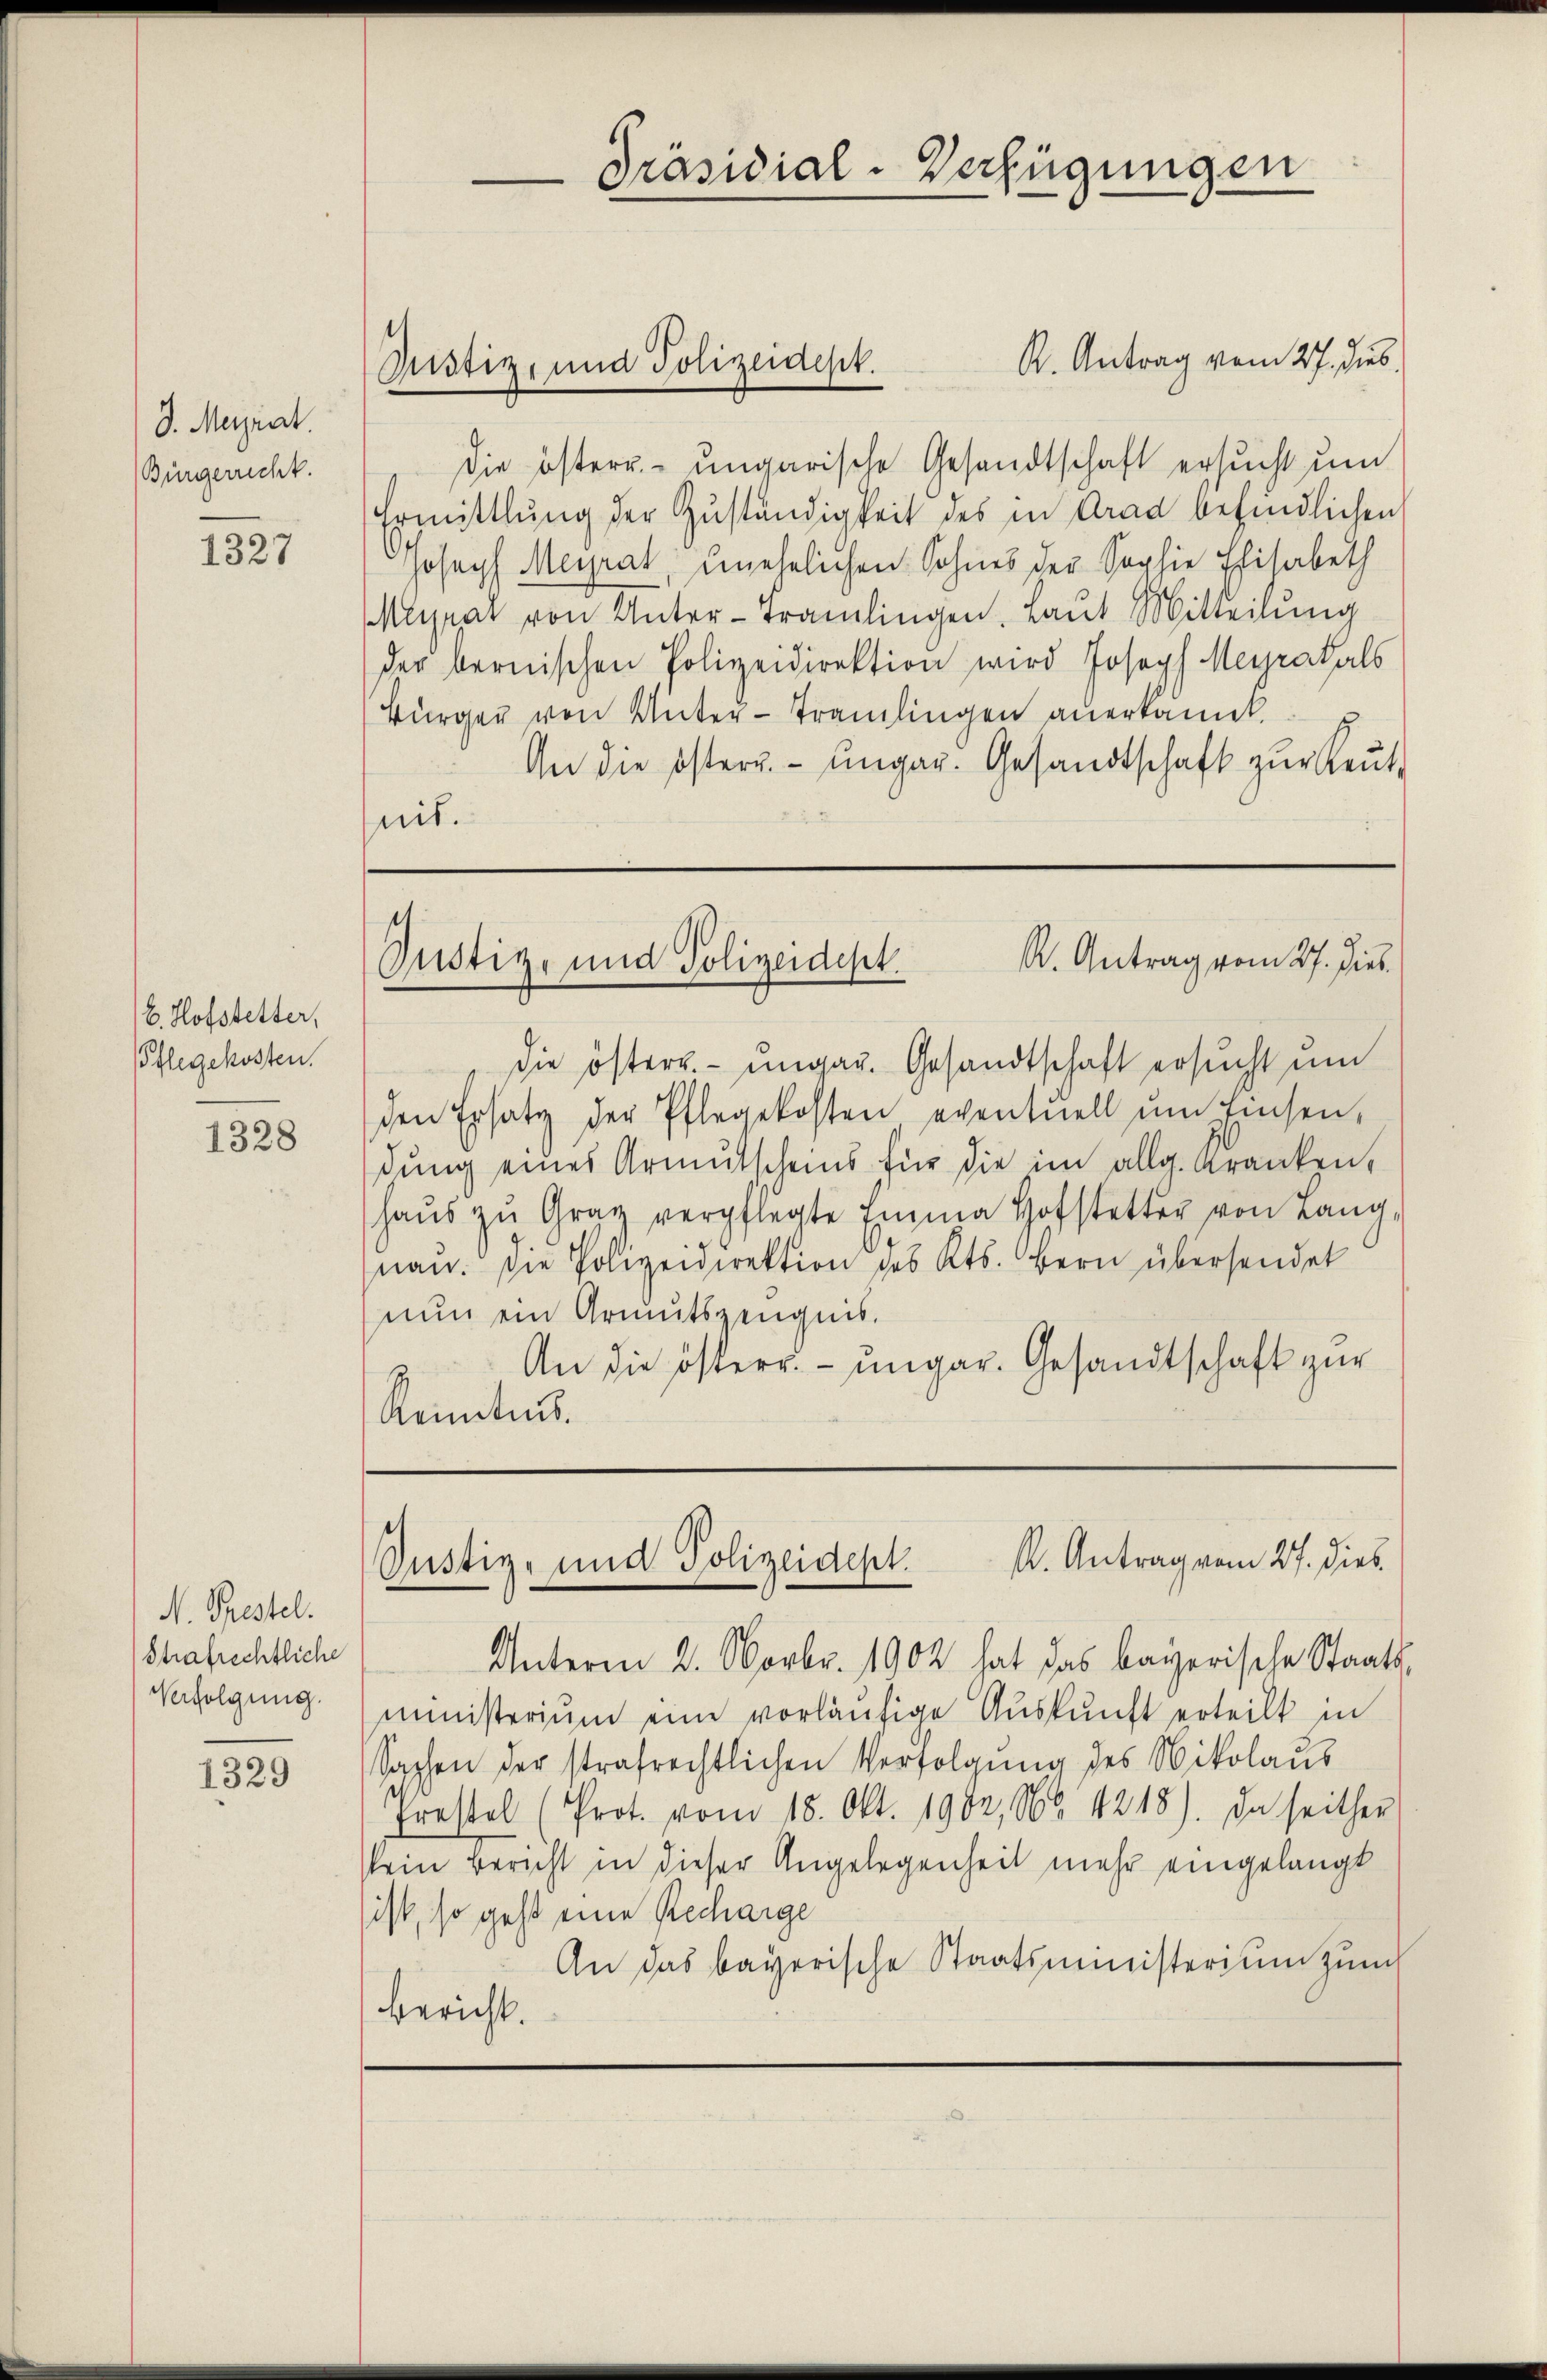
D. Mergrat.
Bürgericht.

1327

E. Hofstetter,
Pflegekosten.

1328

N. Prestel
Strafrechtliche
Verfolgung.

1329

Justiz, und Polizeidest.

Präsidial-Verfügungen

K. Antrag vom 27. dies
Die östern- ungarische Gesandtschaft ersucht um
Ermittlung der Zuständigkeit des in Grad befindlichen
Joseph Meyrat, unehelichen Sohnes der Sophie Elisabeth
Mlrat von Unter-Tramlingen, Laut Mitteilung
der bernischen Polizeidirektion wird Joseph Meyratals
Bürger von Unter-Tramlingen anerkannt.
An die österr. ungar. Gesandtschaft zur Reut
nit.

R. Antrag vom 27. Dies
Justiz- und Polizeidept.

die österr. ungau. Gesandtschaft ersucht um
den Ersatz der Pflegekosten eventuell ŭm Einsen,
dŭng eines Armŭtscheins für die im allg. Kranken,
haŭs zŭ Graz verpflegte Einma Hofstetter von Lang,
nau. Die Polizeidirektion des Kts. Bern übersendet
nun ein Armutszeugnis.
An die österr. ungar. Gesandtschaft zur
Kenntnis.

R. Antrag vom 27. dies
Justiz- und Polizeidept.

Unterm 2. Novbr. 1902 hat das bayerische Staatsministerium eine vorläufige Auskunft erteilt in
Sachen der strafrechtlichen Verfolgung des Nikolaus
Pressel (Prot. vom 18. Okt. 1902, Nr. 1218). In seither
kein Bericht in dieser Angelegenheit mehr eingelangt
ist, so geht eine Recharge
An das bayerische Staatsministerium zunch
Bericht.